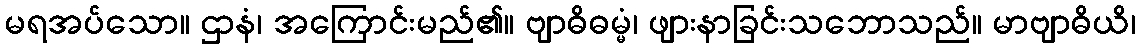
မရအပ်သော။ ဌာနံ၊ အကြောင်းမည်၏။ ဗျာဓိဓမ္မံ၊ ဖျားနာခြင်းသဘောသည်။ မာဗျာဓိယိ၊